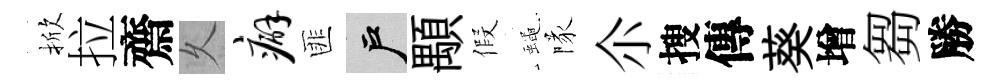
掀拉齋乆癖匪户顒假蠅隊尒搜傳葵增芻勝